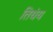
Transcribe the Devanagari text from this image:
तिधंय